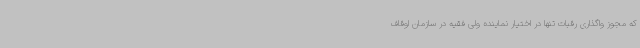
که مجوز واگذاری رقبات تنها در اختیار نماینده ولی فقیه در سازمان اوقاف